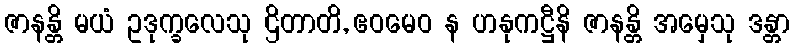
ဇာနန္တိ မယံ ဥဒုက္ခလေသု ဌိတာတိ, ဧဝမေဝ န ဟနုကဋ္ဌီနိ ဇာနန္တိ အမှေသု ဒန္တာ